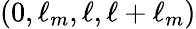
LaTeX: (0,\ell_{m},\ell,\ell+\ell_{m})